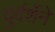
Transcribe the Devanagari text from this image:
दुर्दर्शेने